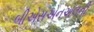
બીએસએનએલની